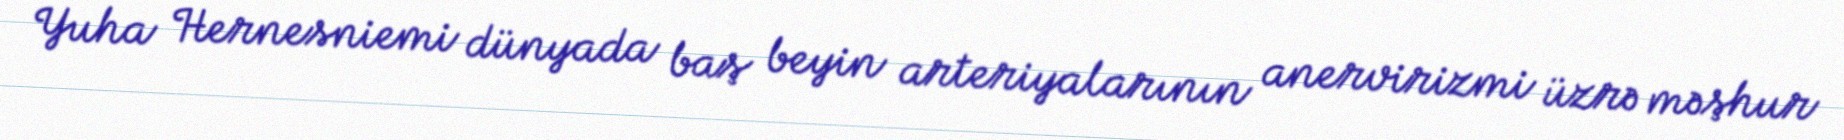
Yuha Hernesniemi dünyada baş beyin arteriyalarının anervirizmi üzrə məşhur